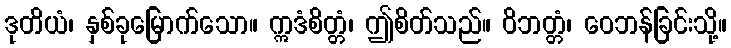
ဒုတိယံ၊ နှစ်ခုမြောက်သော။ ဣဒံစိတ္တံ၊ ဤစိတ်သည်။ ဝိဘတ္တံ၊ ဝေဘန်ခြင်းသို့။